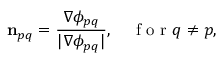
\mathbf { n } _ { p q } = \frac { \nabla \phi _ { p q } } { | \nabla \phi _ { p q } | } , \quad \mathrm { ~ f ~ o ~ r ~ } q \neq p ,